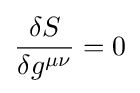
{\frac {\delta S}{\delta g^{\mu \nu }}}=0